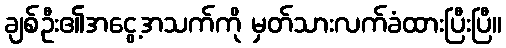
ချစ်ဦး၏အငွေ့အသက်ကို မှတ်သားလက်ခံထားပြီးပြီ။